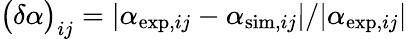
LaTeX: \begin{array}{r}{\big(\delta\alpha\big)_{ij}=|\alpha_{\mathrm{exp},ij}-\alpha_{\mathrm{sim},ij}|/|\alpha_{\mathrm{exp},ij}|}\end{array}